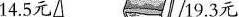
14.5元 19.3元